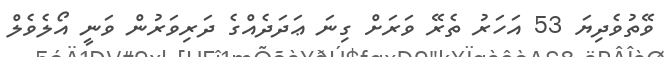
ވޭތުވެދިޔަ 53 އަހަރު ތެރޭ ވަރަށް ގިނަ ޢަދަދެއްގެ ދަރިވަރުން ވަނީ އޯލެވެލް